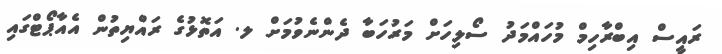
ރައީސް އިބްރާހިމް މުހައްމަދު ސޯލިހަށް މަރުހަބާ ދެންނެވުމަށް ލ. އަތޮޅުގެ ރައްޔިތުން އެއާޕޯޓްގައި